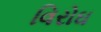
વિરોઘ